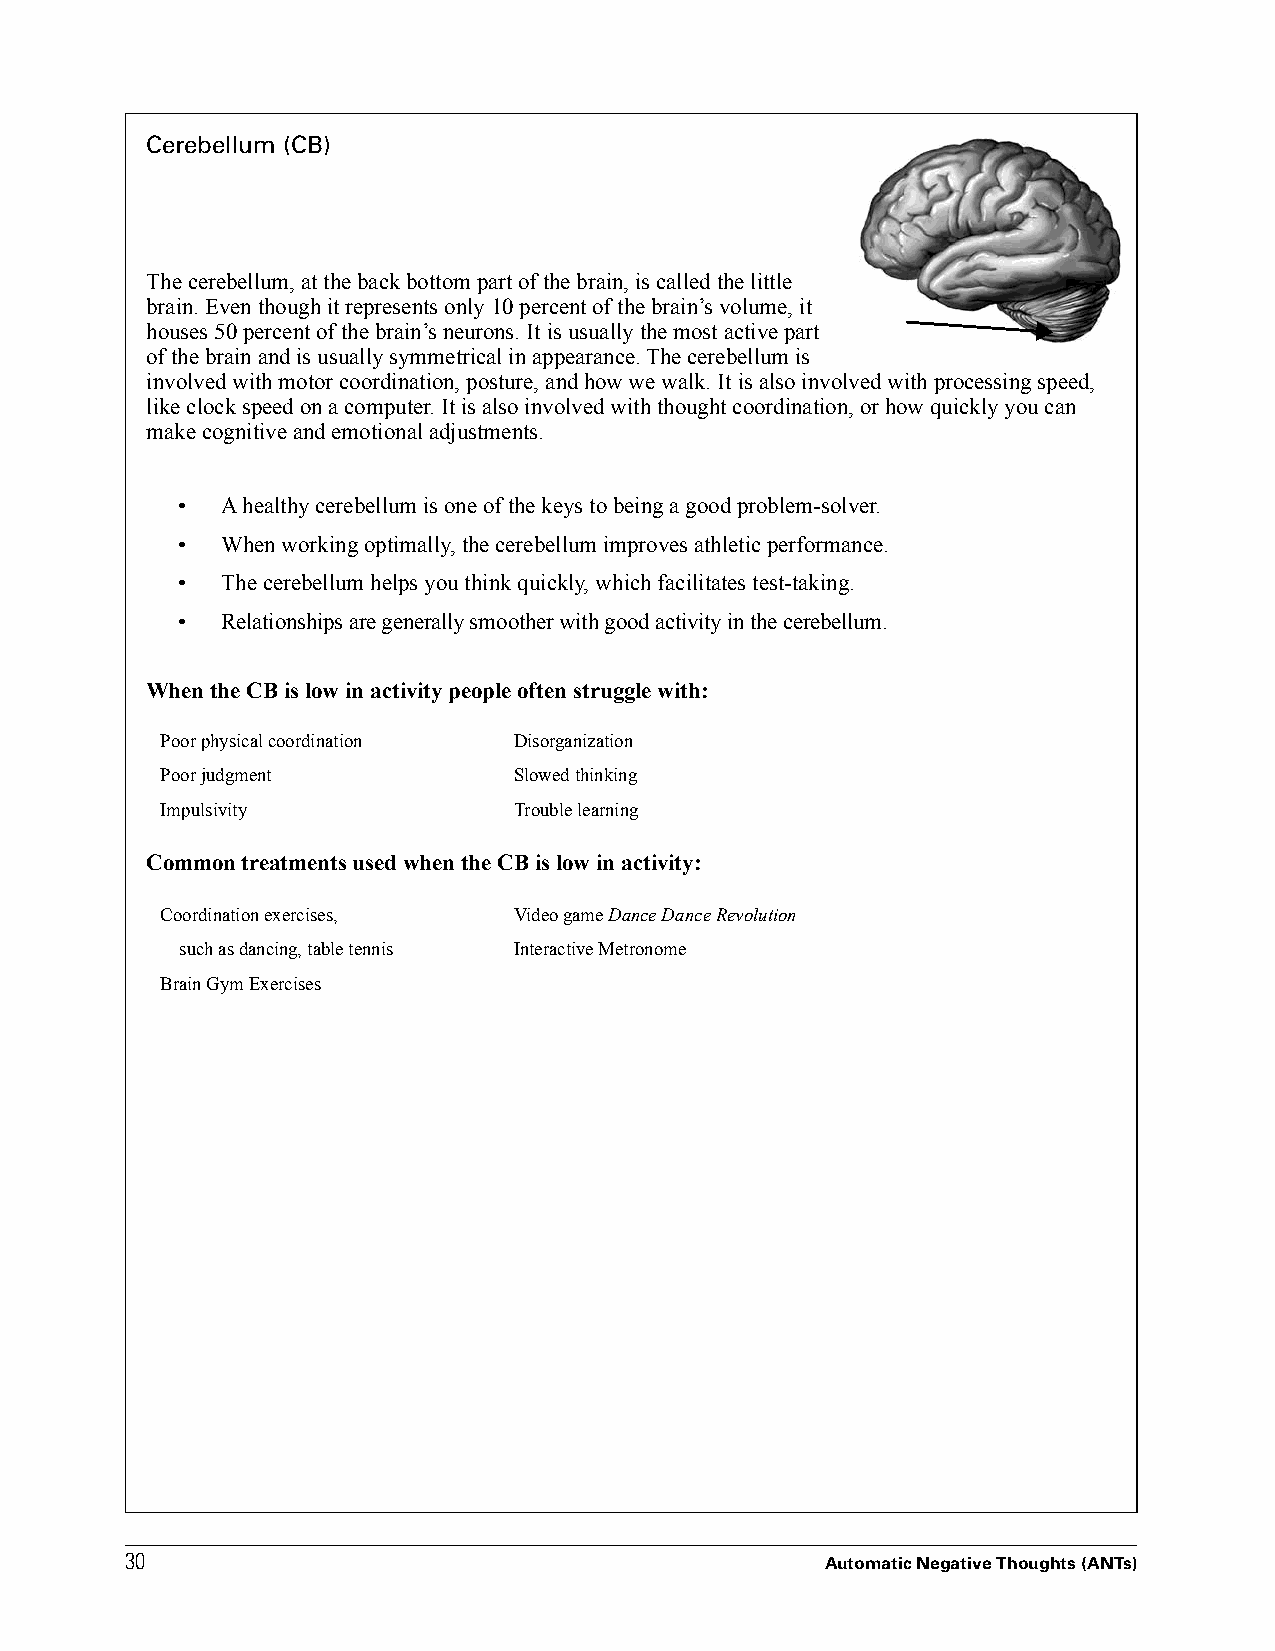
Cerebellum (CB)
 The cerebellum, at the back bottom part of the brain, is called the little
 brain. Even though it represents only 10 percent of the brain’s volume, it
 houses 50 percent of the brain’s neurons. It is usually the most active part
 of the brain and is usually symmetrical in appearance. The cerebellum is
 involved with motor coordination, posture, and how we walk. It is also involved with processing speed,
 like clock speed on a computer. It is also involved with thought coordination, or how quickly you can
 make cognitive and emotional adjustments.
 •  A healthy cerebellum is one of the keys to being a good problem-solver.
 •  When working optimally, the cerebellum improves athletic performance.
 •  The cerebellum helps you think quickly, which facilitates test-taking.
 •  Relationships are generally smoother with good activity in the cerebellum.
 When the CB is low in activity people often struggle with:
 Poor physical coordination Disorganization
 Poor judgment          Slowed thinking
 Impulsivity            Trouble learning
 Common treatments used when the CB is low in activity:
 Coordination exercises, Video game Dance Dance Revolution
 such as dancing, table tennis Interactive Metronome
 Brain Gym Exercises
 3300
 Automatic Negative Thoughts (ANTs)